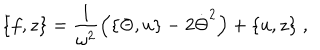
\{ f , z \} = \frac { 1 } { \omega ^ { 2 } } \left( \{ \Theta , u \} - 2 \dot { \Theta } ^ { 2 } \right) + \{ u , z \} \; ,